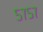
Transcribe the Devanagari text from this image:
५७५७